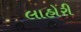
લાહોરી